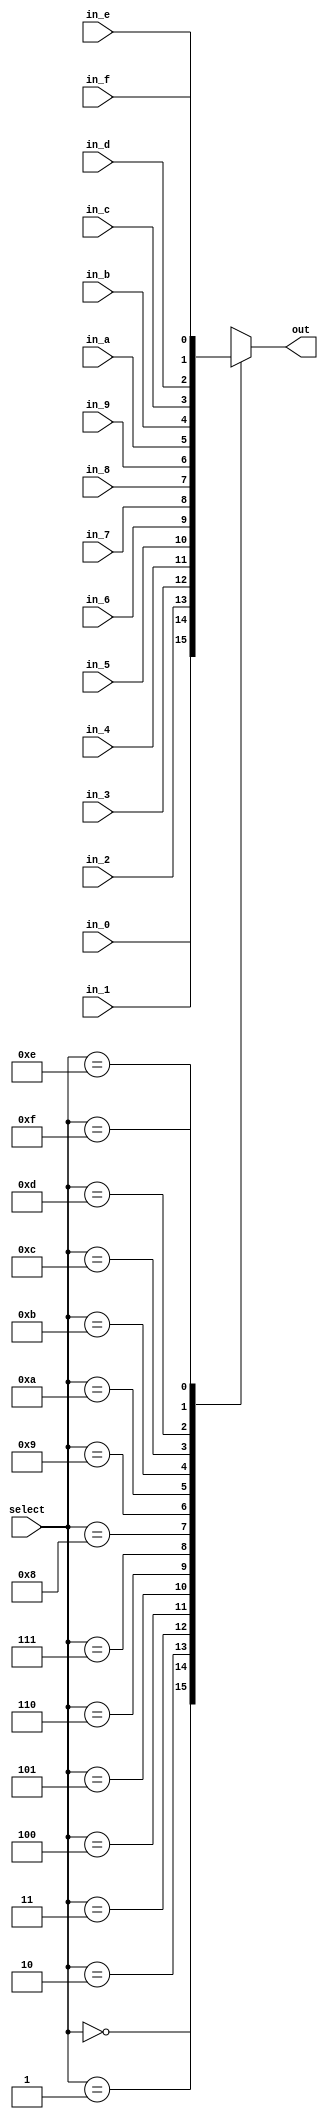
`ifndef mod_mux_thicc
`define mod_mux_thicc

module mux_thicc #(parameter dw = 1) (

        input wire [dw - 1:0] in_0,
        input wire [dw - 1:0] in_1,
        input wire [dw - 1:0] in_2,
        input wire [dw - 1:0] in_3,
        input wire [dw - 1:0] in_4,
        input wire [dw - 1:0] in_5,
        input wire [dw - 1:0] in_6,
        input wire [dw - 1:0] in_7,
        input wire [dw - 1:0] in_8,
        input wire [dw - 1:0] in_9,
        input wire [dw - 1:0] in_a,
        input wire [dw - 1:0] in_b,
        input wire [dw - 1:0] in_c,
        input wire [dw - 1:0] in_d,
        input wire [dw - 1:0] in_e,
        input wire [dw - 1:0] in_f,

        input wire [3:0] select,

        output reg [dw - 1:0] out
    );

    always @ (in_0 or in_1 or in_2 or in_3 or in_4 or in_5 or in_6 or in_7 or in_8 or in_9 or in_a or in_b or in_c or in_d or in_e or in_f or select) 
        case (select) 
            0: out = in_0;
            1: out = in_1;
            2: out = in_2;
            3: out = in_3;
            4: out = in_4;
            5: out = in_5;
            6: out = in_6;
            7: out = in_7;
            8: out = in_8;
            9: out = in_9;
            10: out = in_a;
            11: out = in_b;
            12: out = in_c;
            13: out = in_d;
            14: out = in_e;
            15: out = in_f;
            default: out = in_0;
    endcase 

endmodule

`endif